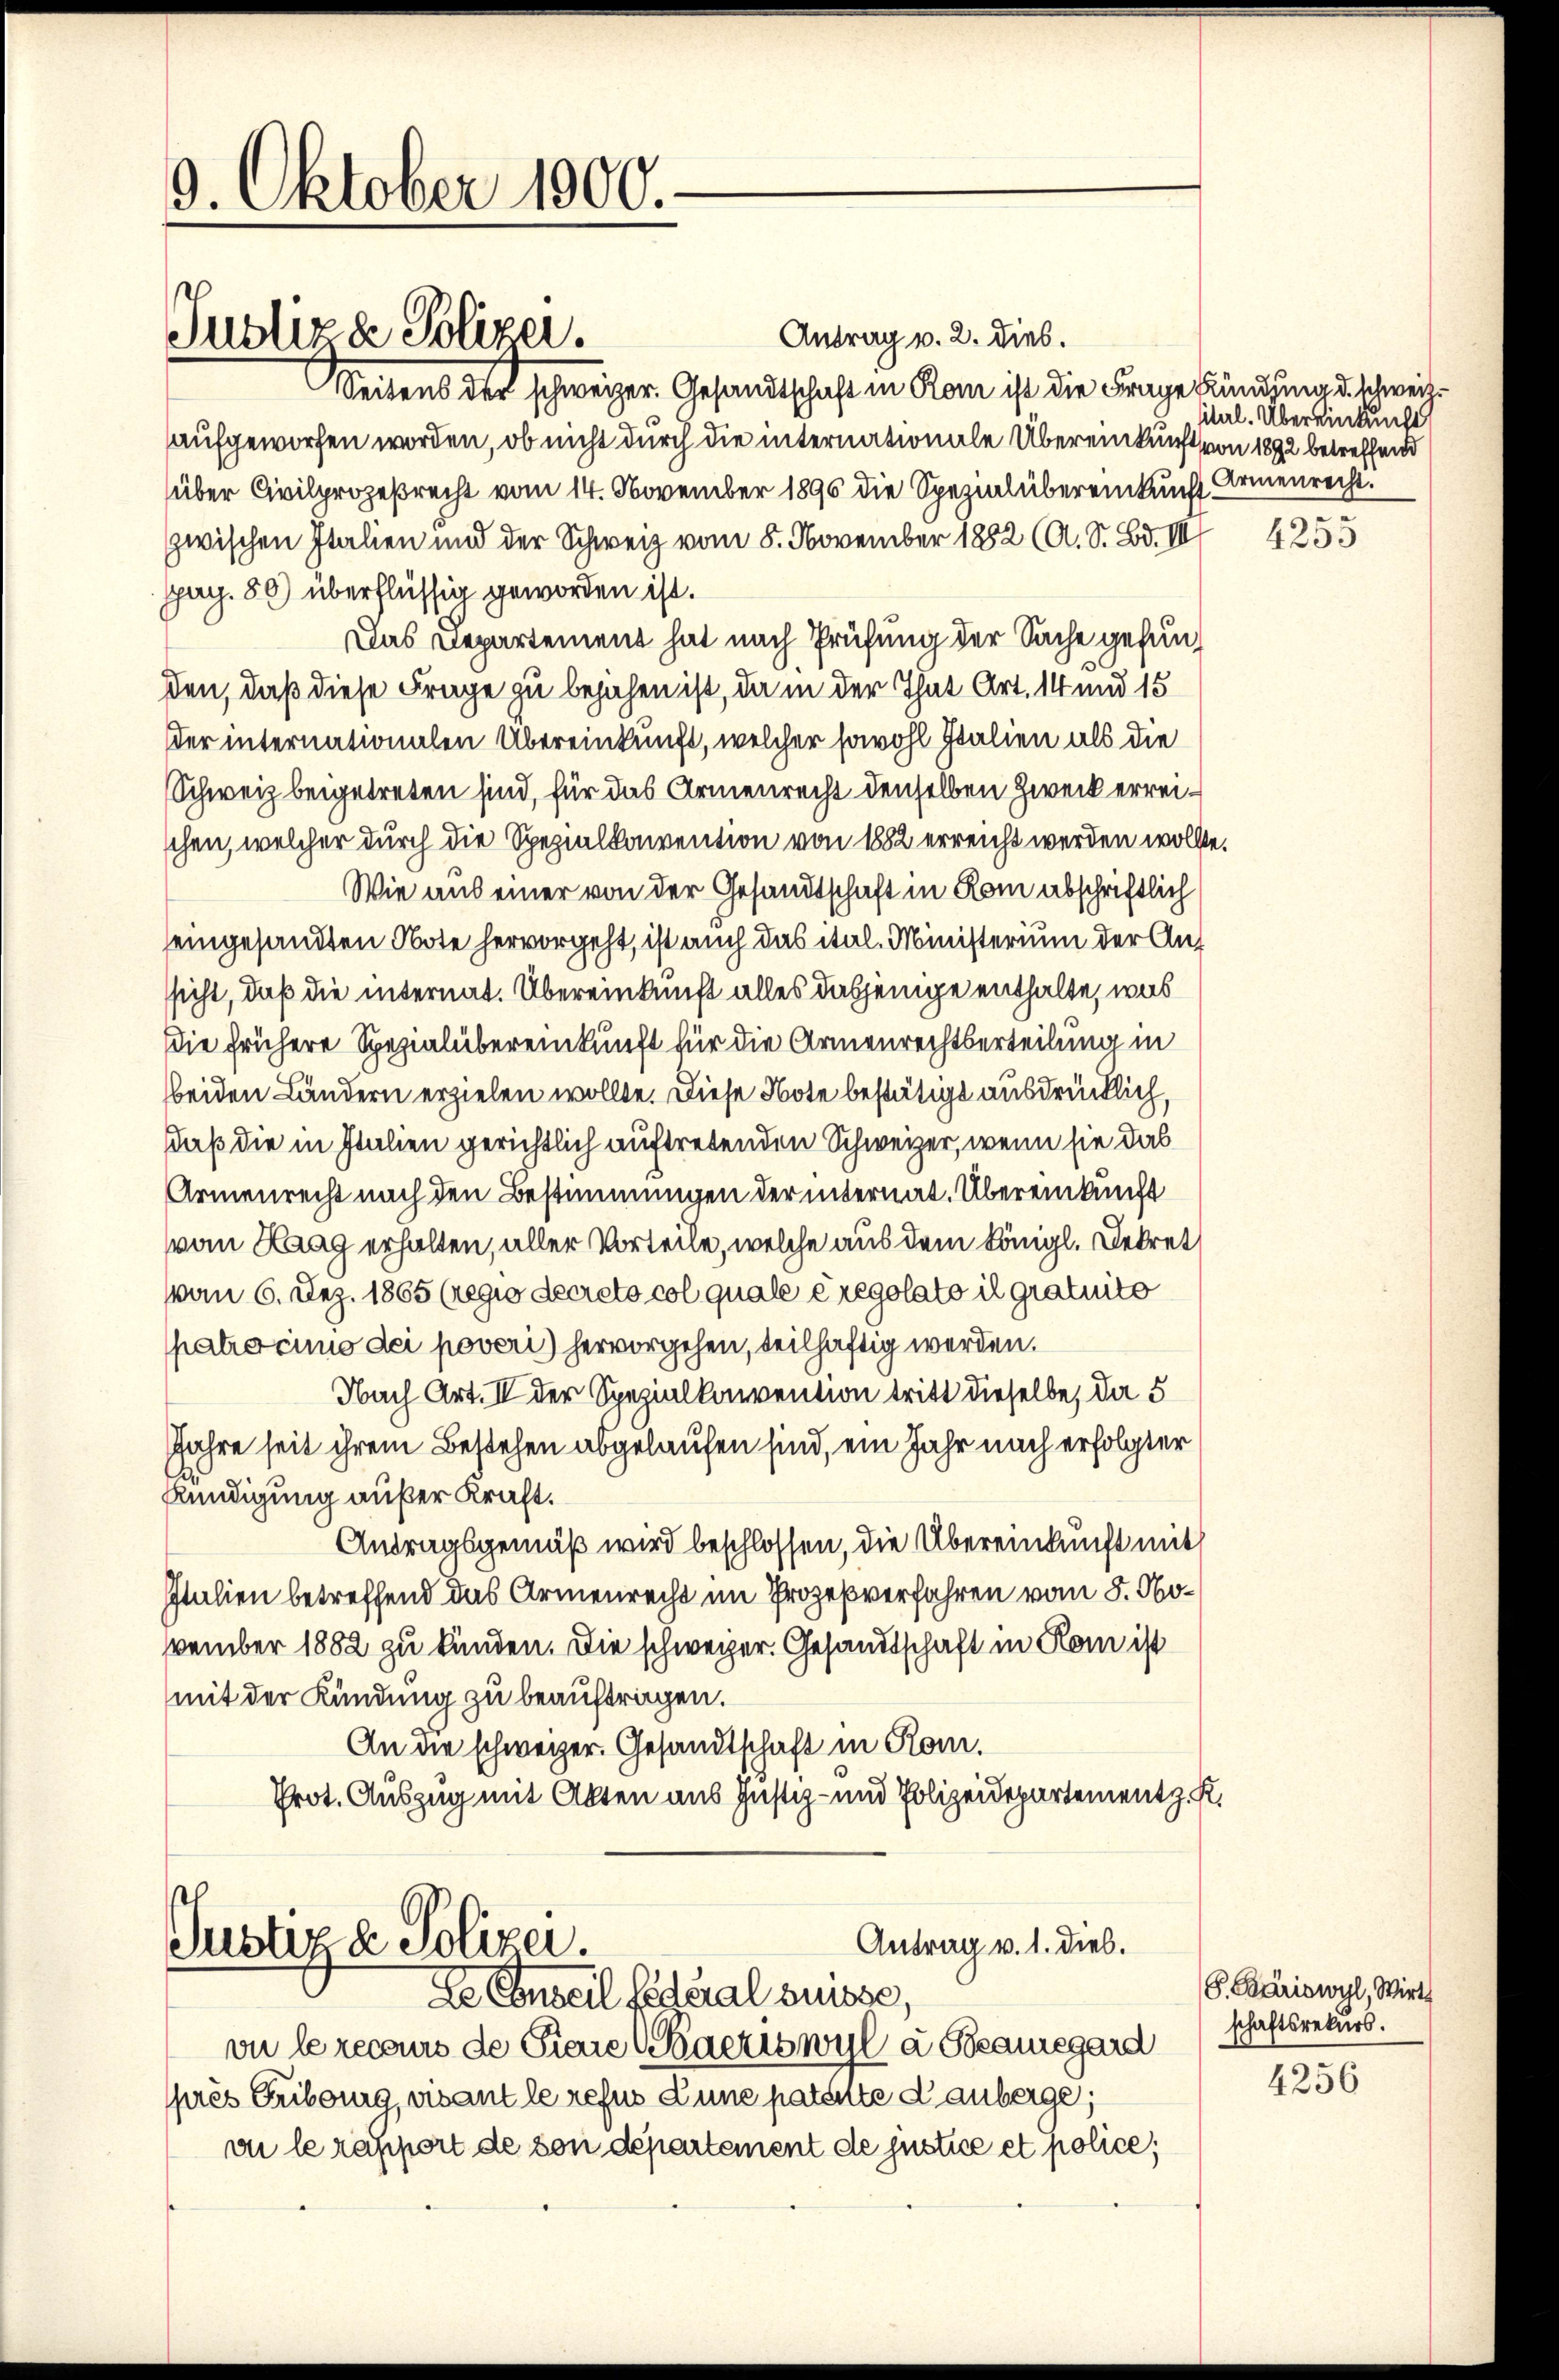
9. Oktober 1000.

Antrag v. 2. dies.
Seitens der schweizer. Gesandtschaft in Rom ist die Frage kündung d. schweiz.
aufgeworfen worden, ob nicht durch die internationale Übereinkunft von 1892 betreffend
über Civilprozeßrecht vom 14. November 1890 die Spezial übereinkunft Armenrecht
zwischen Italien und der Schweiz vom 8. November 1882 (A. S. Bd. III
pag. 80) überflüssig geworden ist.
Das Departement hat nach Prüfung der Sache gefunden, daß diese Frage zu bejahen ist, da in der That Art. 14 und 15
der internationalen Übereinkunft, welcher sowohl Italien als die
Schweiz beigetreten sind, für das Armenrecht denselben Zweck erreischen, welcher durch die Spezialkonvention von 1882 erreicht werden wollte.
Wie aus einer von der Gesandtschaft in Rom abschriftlich
eingesandten Note hervorgeht, ist auch das ital. Ministerium der Anssicht, daß die internat. Übereinkunft alles dasjenige enthalte, was
Die frühere Spezialübereinkunft für die Armenrechtserteilung in
beiden Ländern erzielen wollte. Diese Note bestätigt ausdrücklich,
Daß die in Italien gerichtlich auftretenden Schweizer, wenn sie das
Armenrecht nach den Bestimmungen der internat. Übereinkunft
vom Haag erhalten, aller Vorteile, welche aus dem Königl. Dekret
vom 6. Dez. 1865 (regio decreto col quale cregolato il gratuito
patrocinio dei poveri) hervorgehen, teilhaftig werden.
Nach Art. II der Spezialkonvention tritt dieselbe, da 5
Jahre seit ihrem Bestehen abgelaufen sind, ein Jahr nach erfolgter
Kündigung aufer Kraft.
Antragsgemäß wird beschlossen, die Übereinkunft mit
Italien betreffend das Armenrecht im Prozeßverfahren vom 8. November 1882 zu kunden. Die schweizer. Gesandtschaft in Rom ist
mit der Kündung zu beauftragen.
An die schweizer. Gesandtschaft in Rom.
Prot. Auszug mit Akten aus Justiz- und Polizeidepartement z. R.

Justiz & Polizei.

Antrag v. 1. dies.
Justiz & Polizei.

de Conseil fédéral Suisse,
vu le recours de Tiere Schacriswyl à Beauegard
près Fribourg, vivant le refus Lune patente Lauberge;
vu le rapport de von departement de justice et police;

ital. Übereinkunge

4255

G. Bäriswyl, Wirth
schaftsrekurs.

4256